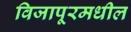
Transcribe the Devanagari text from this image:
विजापूरमधील